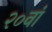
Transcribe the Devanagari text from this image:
२०वां